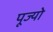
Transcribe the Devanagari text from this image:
पूज्‍यो